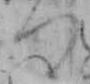
つ